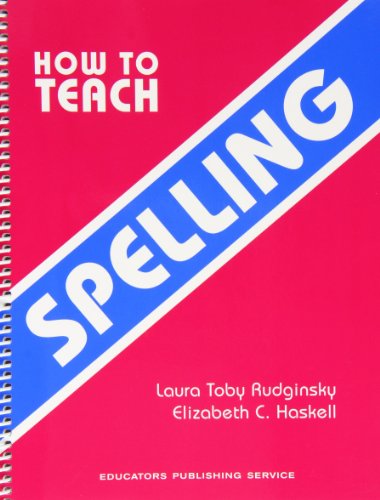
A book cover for How to Teach Spelling; Laura Toby Rudginsky; Reference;